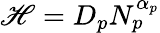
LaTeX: \mathscr{H}=D_{p}N_{p}^{\alpha_{p}}